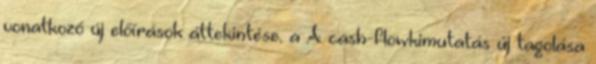
vonatkozó új előírások áttekintése. a A cash-flowkimutatás új tagolása